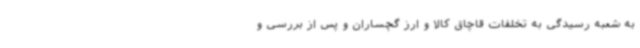
به شعبه رسیدگی به تخلفات قاچاق کالا و ارز گچساران و پس از بررسی و